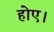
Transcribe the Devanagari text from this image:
होए।